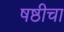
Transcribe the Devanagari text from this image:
षष्ठीचा